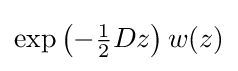
\exp \left(-{\tfrac {1}{2}}Dz\right)w(z)